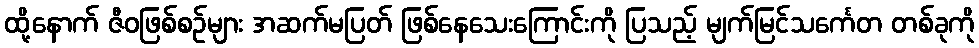
ထို့နောက် ဇီဝဖြစ်စဉ်များ အဆက်မပြတ် ဖြစ်နေသေးကြောင်းကို ပြသည့် မျက်မြင်သင်္ကေတ တစ်ခုကို